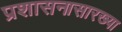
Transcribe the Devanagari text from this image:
प्रशासनासारख्या